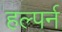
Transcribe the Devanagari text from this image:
हल्पर्न